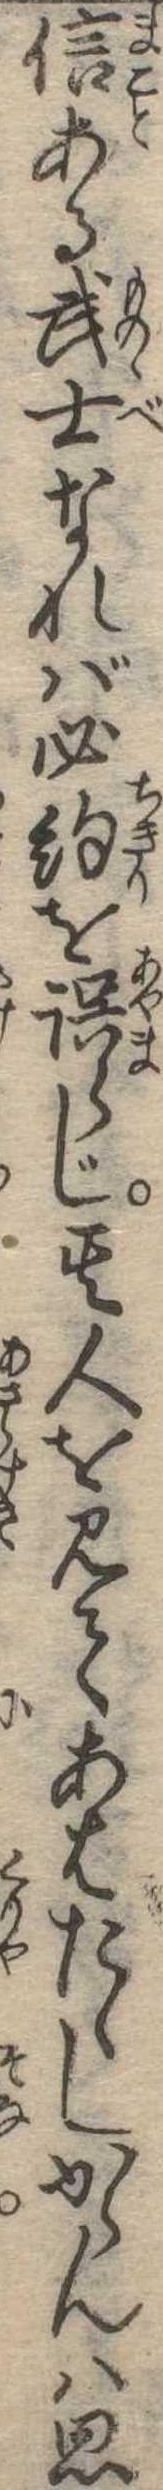
信ある武士なれば必約を誤らじ其人を見てあはたゝしからんは思